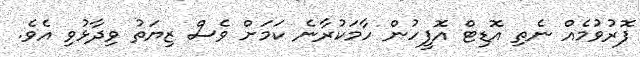
ފޮރުވުމެއް ނެތި އޮޑިޓް އޮފީހުން ހާމަކުރާނެ ކަމަށް ވެސް ޒިޔަތު ވިދާޅުވި އެވެ.